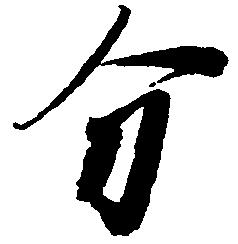
分